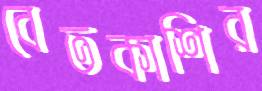
বেতকাশির